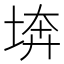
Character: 𡍋